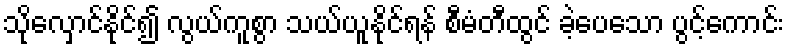
သိုလှောင်နိုင်၍ လွယ်ကူစွာ သယ်ယူနိုင်ရန် စီမံတီထွင် ခဲ့ပေသော ပွင့်ကောင်း